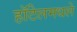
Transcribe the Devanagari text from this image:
हॉटेलमधले